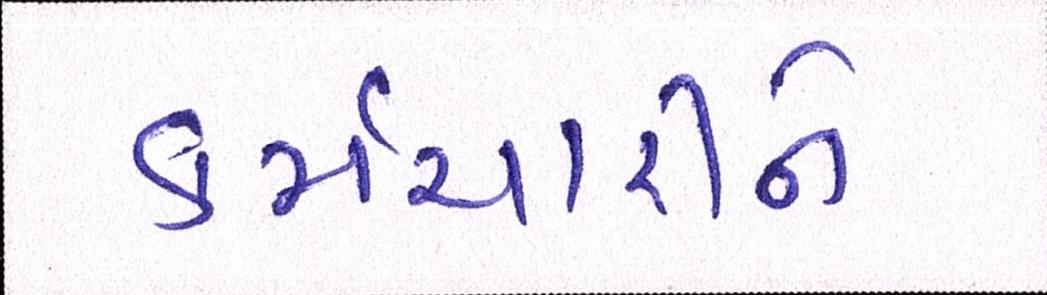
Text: કર્મચારીને